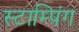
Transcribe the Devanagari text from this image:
स्टाम्पिंग